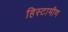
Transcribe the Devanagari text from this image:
हिस्टामीण